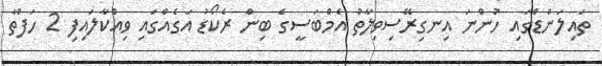
ތައިލަންޑްގައި ހުންނަ އިނގިރޭސިވިލާތު އެމްބަސީގެ ބިން ރެކޯޑު އަގެއްގައި ވިއްކާލައިފި 2 ހަފްތާ